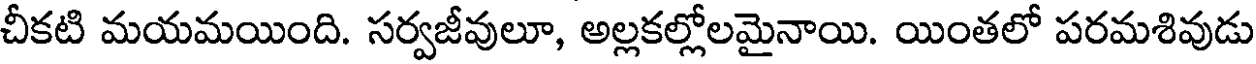
చీకటి మయమయింది. సర్వజీవులూ, అల్లకల్లోలమైనాయి. యింతలో పరమశివుడు